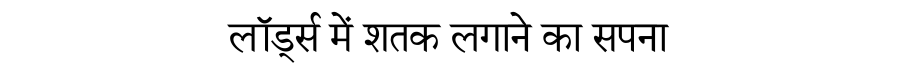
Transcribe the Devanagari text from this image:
लॉर्ड्स में शतक लगाने का सपना